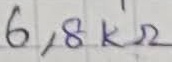
Text: 6,8KΩ